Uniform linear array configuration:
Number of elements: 32
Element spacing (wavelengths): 1
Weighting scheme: binomial
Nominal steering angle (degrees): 0
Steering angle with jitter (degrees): -0.2054
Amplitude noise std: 0.05
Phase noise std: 0.05

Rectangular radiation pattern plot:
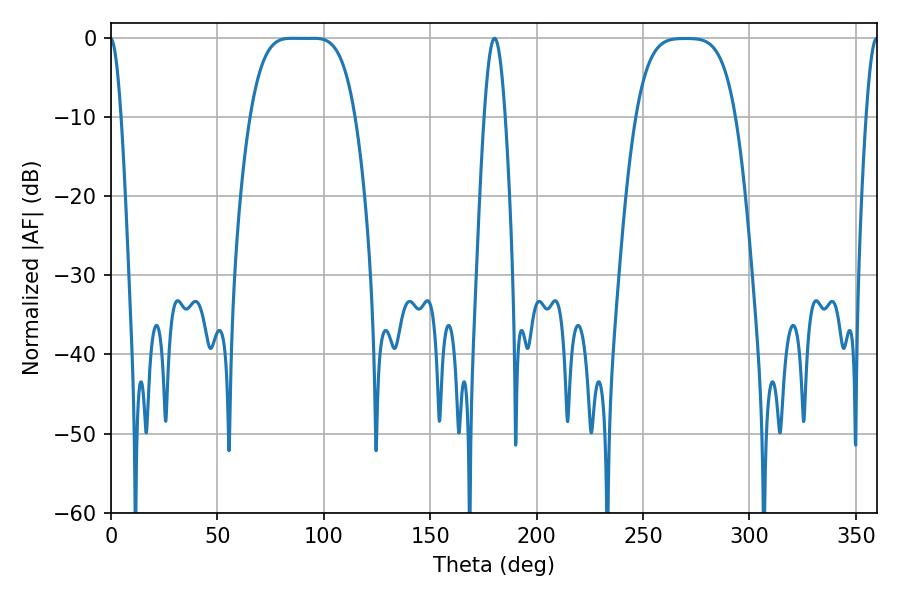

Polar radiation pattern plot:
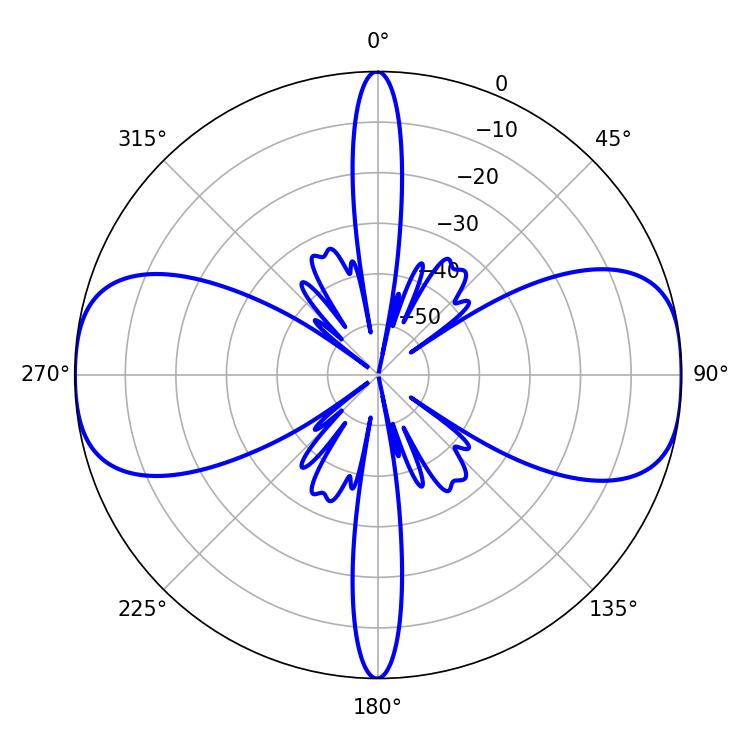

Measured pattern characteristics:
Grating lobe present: TRUE
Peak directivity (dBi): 15.39
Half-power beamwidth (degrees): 37.08
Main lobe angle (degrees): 84.78